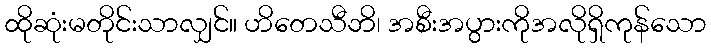
ထိုဆုံးမတိုင်းသာလျှင်။ ဟိတေသီဘိ၊ အစီးအပွားကိုအလိုရှိကုန်သော